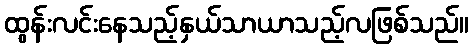
ထွန်းလင်းနေသည့်နှယ်သာယာသည့်လဖြစ်သည်။